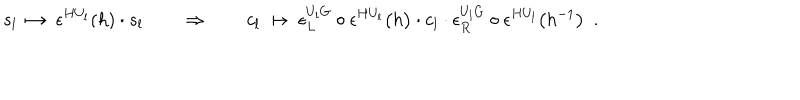
s _ { l } \ \mapsto \ \epsilon ^ { H U _ { l } } ( h ) \cdot s _ { l } \quad \quad \Rightarrow \quad \quad c _ { l } \ \mapsto \ \epsilon _ { L } ^ { U _ { l } G } \circ \epsilon ^ { H U _ { l } } \bigl ( h \bigr ) \cdot c _ { l } \cdot \epsilon _ { R } ^ { U _ { l } G } \circ \epsilon ^ { H U _ { l } } \bigl ( h ^ { - 1 } \bigr ) \ \ .